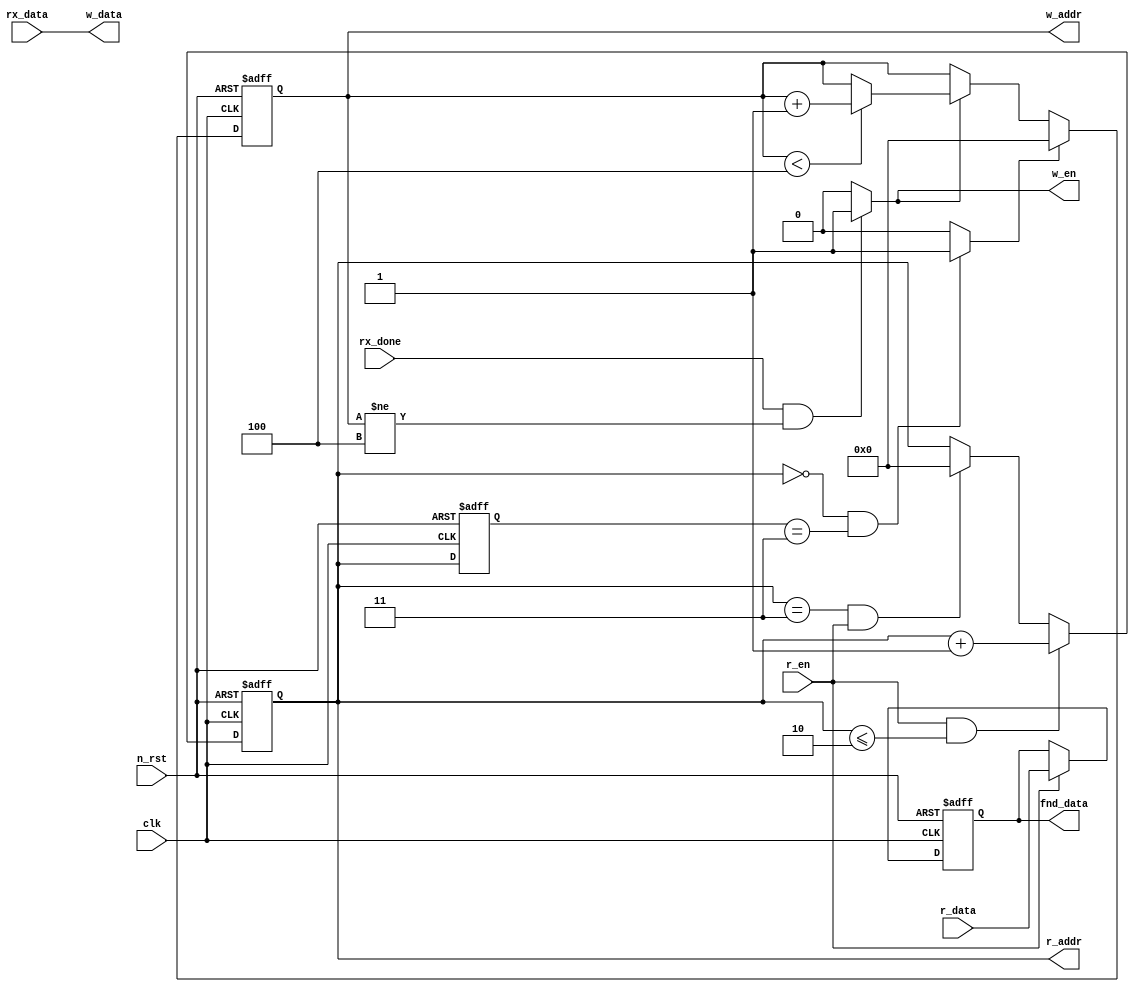
module mem_controller#(
  parameter D_WIDTH = 8,
  parameter A_WIDTH = 4
)(
  input               clk,
  input               n_rst,

  // Uart Rx to Mem_Controller
  input [D_WIDTH-1:0] rx_data,
  input               rx_done,
  input               r_en,

  // RAM Read Control to 16x8 RAM
  input [D_WIDTH-1:0] r_data,

  // RAM Write Control to 16x8 RAM
  output                    w_en,   
  output reg [A_WIDTH-1:0]  w_addr, 
  output     [D_WIDTH-1:0]  w_data,

  // RAM_Read_Control to 16x8 RAM
  output reg [A_WIDTH-1:0]  r_addr,
  
  // Mem Controller to FND Output
  output reg [D_WIDTH-1:0]  fnd_data
);
  
wire              clear;

reg [A_WIDTH-1:0] r_addr_3_to_0;

// w_data    
assign w_data = rx_data;  
// By to Pass    w_data .

// w_addr
always @(posedge clk or negedge n_rst) begin
    if (!n_rst) begin
        w_addr <= {(A_WIDTH){1'b0}};
    end

    else begin
        if (clear == 1'b1) begin
            w_addr <= {(A_WIDTH){1'b0}};
            // clear 1   
        end

        else if (w_en == 1'b1) begin
            w_addr <= (w_addr < {{(A_WIDTH-1){1'b0}},3'b100}) ? w_addr + 1'b1 : w_addr;
            // write enable  
            //    3   +1        
        end
    end
end


// w_en
assign w_en = ((rx_done == 1'b1) && (w_addr != {{(A_WIDTH-1){1'b0}},3'b100}))? 1'b1 : 1'b0;
//  done 1  w_addr 4  en 1,  0

// r_addr
always @(posedge clk or negedge n_rst) begin
  if(!n_rst) begin
    r_addr <= {(A_WIDTH){1'b0}};
  end

  else begin
    if ((r_en == 1'b1) && (r_addr <= {{(A_WIDTH-2){1'b0}}, 2'b10})) begin
      r_addr <= r_addr + {{(A_WIDTH-1){1'b0}},1'b1};
      //   r_en 1 r_addr 2 r_adder 1 
    end

    else if ((r_addr == {{(A_WIDTH-2){1'b0}}, 2'b11}) && (r_en == 1'b1)) begin
      r_addr <= {(A_WIDTH){1'b0}};
      // r_addr 3 r_en 1 
    end

    else begin
      r_addr <= r_addr;
      //    
    end
  end
end

// r_addr_3_to_0 
always @(posedge clk or negedge n_rst) begin
    if(!n_rst) begin
        r_addr_3_to_0 <= {(A_WIDTH){1'b0}};
    end

    else begin
        r_addr_3_to_0 <= r_addr;
        // r_addr_3_to_0 r_addr 
    end
end

assign clear = ((r_addr == {(A_WIDTH){1'b0}}) && (r_addr_3_to_0 == {{(A_WIDTH-2){1'b0}}, 2'b11})) ? 1'b1 : 1'b0;
// clear r_addr   0,   3  1   0

// fnd_data
always @(posedge clk or negedge n_rst) begin
  if(!n_rst) begin
    fnd_data <= {(D_WIDTH){1'b0}};
  end

  else begin
    if (r_en == 1'b1) begin
      fnd_data <= r_data;
      // r_en 1 , fnd r_data 
    end

    else begin
      fnd_data <= fnd_data;
      //      
    end
  end
end

endmodule